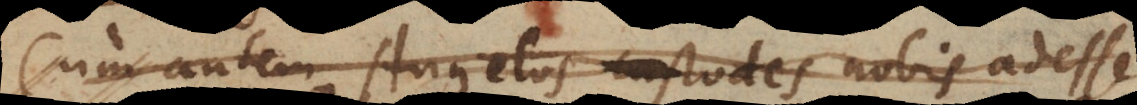
me. Equidem angelos custodes nobis adesse